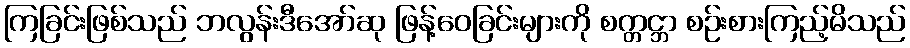
ကြခြင်းဖြစ်သည် ဘလွန်းဒီအော်ဆု ဖြန့်ဝေခြင်းများကို စက္တင္ဘာ စဉ်းစားကြည့်မိသည်